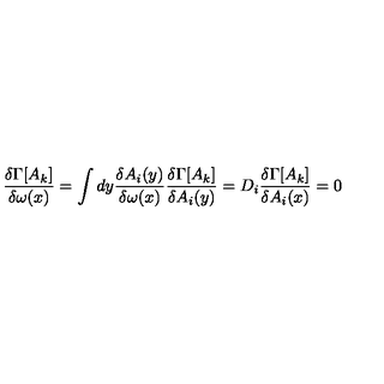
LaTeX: \frac { \delta \Gamma [ A _ { k } ] } { \delta \omega ( x ) } = \int d y \frac { \delta A _ { i } ( y ) } { \delta \omega ( x ) } \frac { \delta \Gamma [ A _ { k } ] } { \delta A _ { i } ( y ) } = D _ { i } \frac { \delta \Gamma [ A _ { k } ] } { \delta A _ { i } ( x ) } = 0